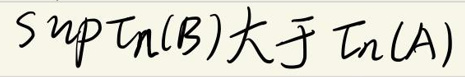
$\sup T_n(B)大于T_n(A)$